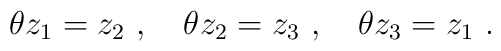
\theta z_1=z_2~,~~~\theta z_2=z_3~,~~~\theta z_3=z_1~.